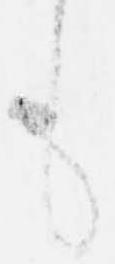
も